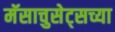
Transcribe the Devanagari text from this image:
मॅसाचुसेट्सच्या